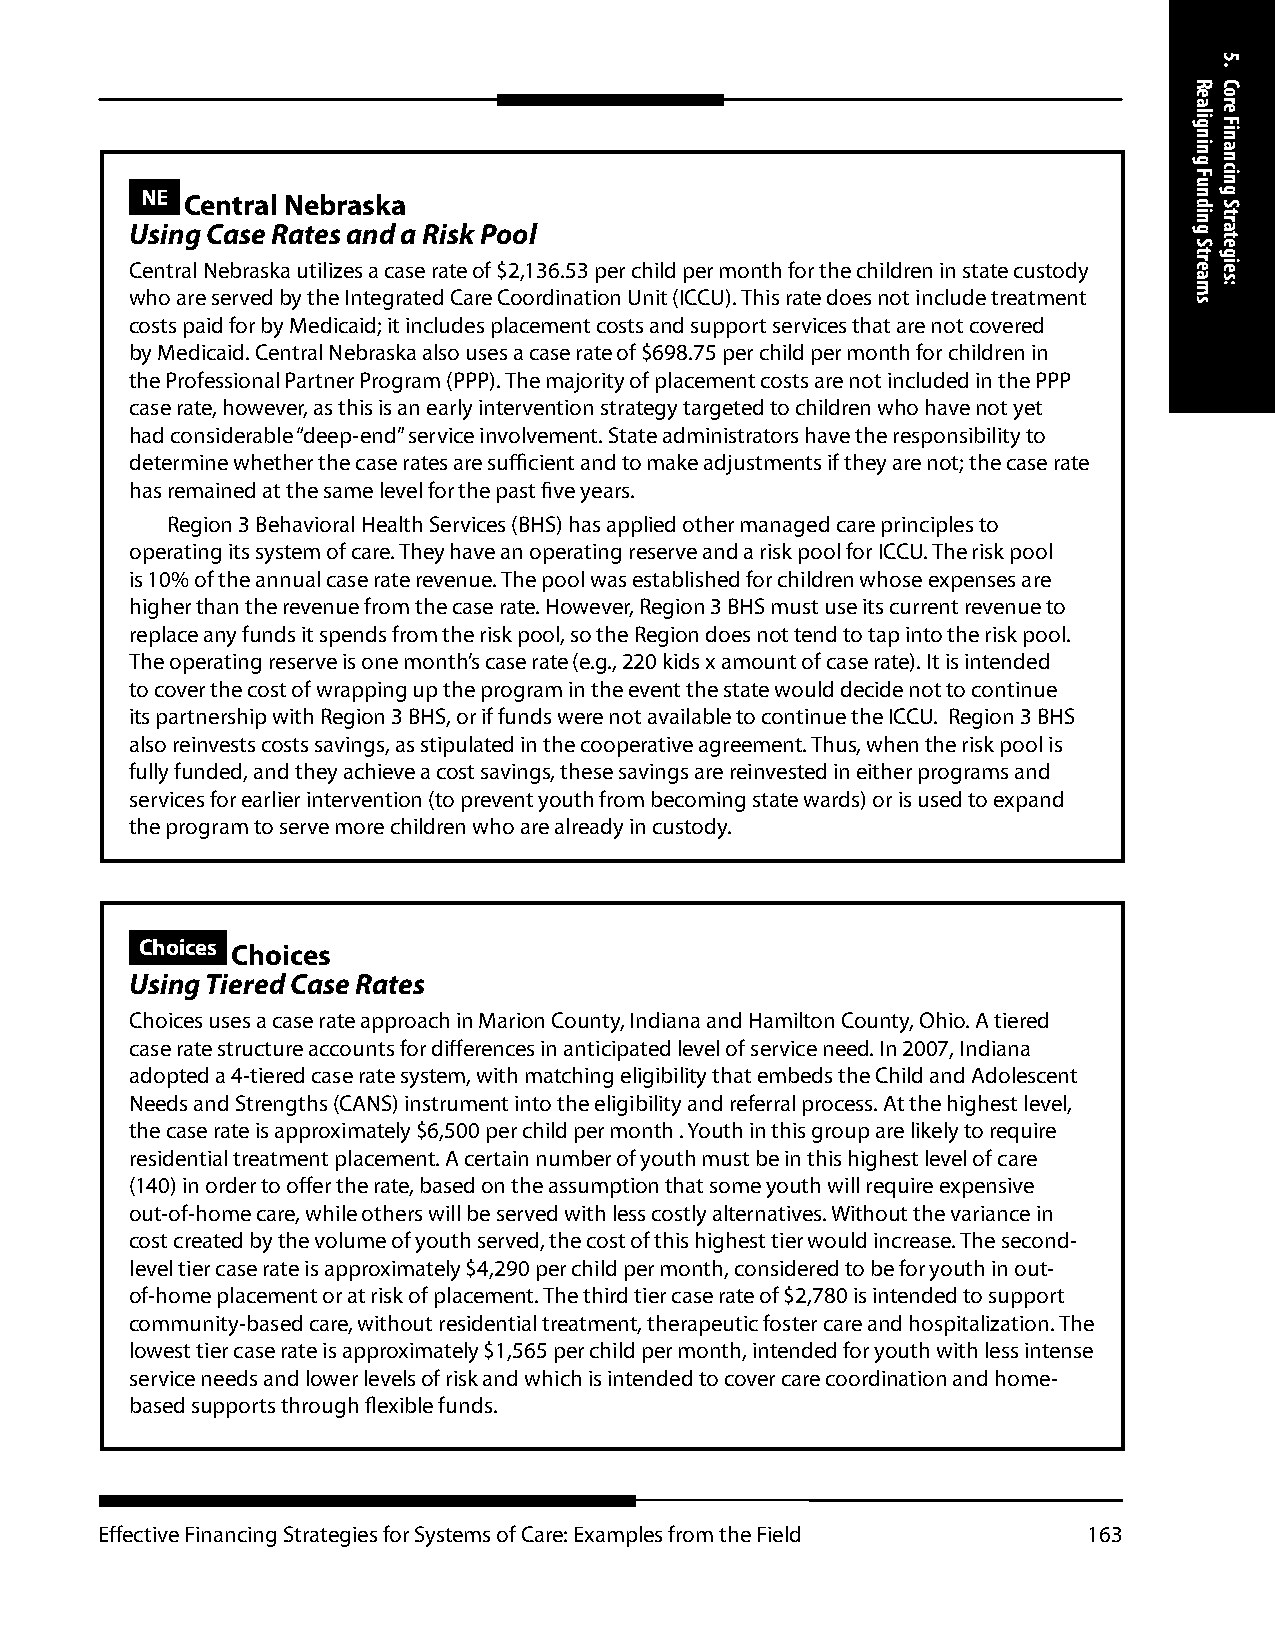
NE Central Nebraska
 Using Case Rates and a Risk Pool
 Central Nebraska utilizes a case rate of $2,136.53 per child per month for the children in state custody
 who are served by the Integrated Care Coordination Unit (ICCU). This rate does not include treatment
 costs paid for by Medicaid; it includes placement costs and support services that are not covered
 by Medicaid. Central Nebraska also uses a case rate of $698.75 per child per month for children in
 the Professional Partner Program (PPP). The majority of placement costs are not included in the PPP
 case rate, however, as this is an early intervention strategy targeted to children who have not yet
 had considerable “deep-end” service involvement. State administrators have the responsibility to
 determine whether the case rates are sufficient and to make adjustments if they are not; the case rate
 has remained at the same level for the past five years.
 Region 3 Behavioral Health Services (BHS) has applied other managed care principles to
 operating its system of care. They have an operating reserve and a risk pool for ICCU. The risk pool
 is 10% of the annual case rate revenue. The pool was established for children whose expenses are
 higher than the revenue from the case rate. However, Region 3 BHS must use its current revenue to
 replace any funds it spends from the risk pool, so the Region does not tend to tap into the risk pool.
 The operating reserve is one month’s case rate (e.g., 220 kids x amount of case rate). It is intended
 to cover the cost of wrapping up the program in the event the state would decide not to continue
 its partnership with Region 3 BHS, or if funds were not available to continue the ICCU. Region 3 BHS
 also reinvests costs savings, as stipulated in the cooperative agreement. Thus, when the risk pool is
 fully funded, and they achieve a cost savings, these savings are reinvested in either programs and
 services for earlier intervention (to prevent youth from becoming state wards) or is used to expand
 the program to serve more children who are already in custody.
 Choices Choices
 Using Tiered Case Rates
 Choices uses a case rate approach in Marion County, Indiana and Hamilton County, Ohio. A tiered
 case rate structure accounts for differences in anticipated level of service need. In 2007, Indiana
 adopted a 4-tiered case rate system, with matching eligibility that embeds the Child and Adolescent
 Needs and Strengths (CANS) instrument into the eligibility and referral process. At the highest level,
 the case rate is approximately $6,500 per child per month . Youth in this group are likely to require
 residential treatment placement. A certain number of youth must be in this highest level of care
 (140) in order to offer the rate, based on the assumption that some youth will require expensive
 out-of-home care, while others will be served with less costly alternatives. Without the variance in
 cost created by the volume of youth served, the cost of this highest tier would increase. The second-
 level tier case rate is approximately $4,290 per child per month, considered to be for youth in out-
 of-home placement or at risk of placement. The third tier case rate of $2,780 is intended to support
 community-based care, without residential treatment, therapeutic foster care and hospitalization. The
 lowest tier case rate is approximately $1,565 per child per month, intended for youth with less intense
 service needs and lower levels of risk and which is intended to cover care coordination and home-
 based supports through flexible funds.
 Effective Financing Strategies for Systems of Care: Examples from the Field 163
 Realigning
 Funding
 Streams
 5.
 Core
 Financing
 Strategies: